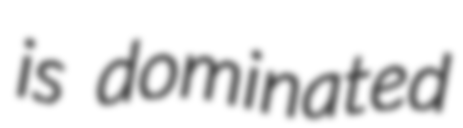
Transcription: is dominated